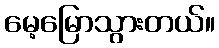
မေ့မြောသွားတယ်။